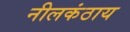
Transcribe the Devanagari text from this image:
नीलकंठाय